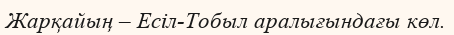
Жарқайың – Есіл-Тобыл аралығындағы көл.